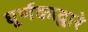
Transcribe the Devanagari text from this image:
घूर्णकाद्वारे